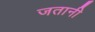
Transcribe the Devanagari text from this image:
जतानी